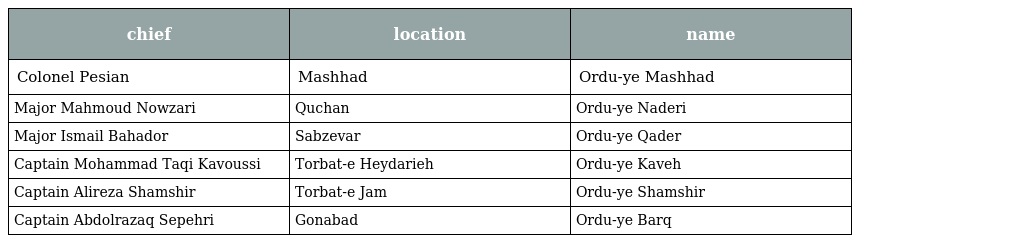
| chief | location | name |
 | --- | --- | --- |
 | Colonel Pesian | Mashhad | Ordu-ye Mashhad |
 | Major Mahmoud Nowzari | Quchan | Ordu-ye Naderi |
 | Major Ismail Bahador | Sabzevar | Ordu-ye Qader |
 | Captain Mohammad Taqi Kavoussi | Torbat-e Heydarieh | Ordu-ye Kaveh |
 | Captain Alireza Shamshir | Torbat-e Jam | Ordu-ye Shamshir |
 | Captain Abdolrazaq Sepehri | Gonabad | Ordu-ye Barq |